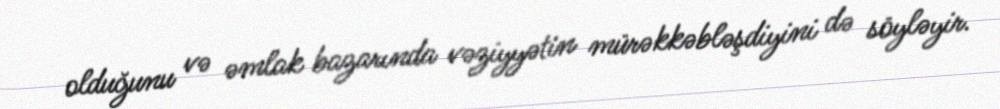
olduğunu və əmlak bazarında vəziyyətin mürəkkəbləşdiyini də söyləyir.